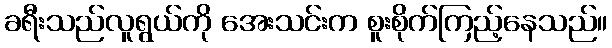
ခရီးသည်လူရွယ်ကို အေးသင်းက စူးစိုက်ကြည့်နေသည်။